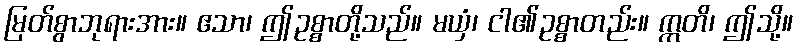
မြတ်စွာဘုရားအား။ ဧသာ၊ ဤဥစ္စာတို့သည်။ မယှံ၊ ငါ၏ဥစ္စာတည်း။ ဣတိ၊ ဤသို့။